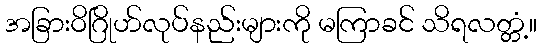
အခြားဝိဂြိုဟ်လုပ်နည်းများကို မကြာခင် သိရလတ္တံ့။